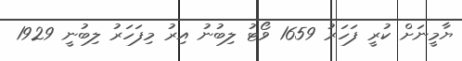
ޔާމީނަށް ކުރީ ފަހަރު 1659 ވޯޓު ލިބުނު އިރު މިފަހަރު ލިބުނީ 1929